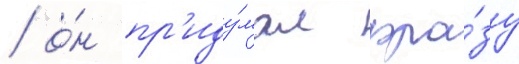
/ о́н пр'иду́мал фра́зу